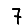
Digit: 7